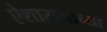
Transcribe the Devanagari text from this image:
ऐशारामाच्या